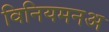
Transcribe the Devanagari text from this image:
विनियमनअ